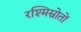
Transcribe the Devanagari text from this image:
रश्मिस्रोतों